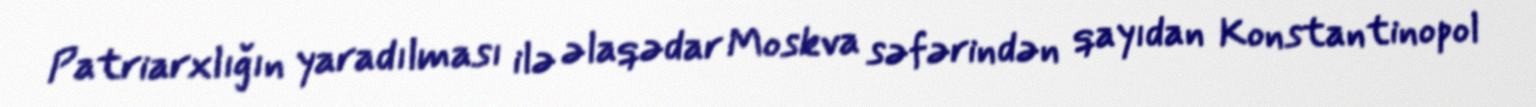
Patriarxlığın yaradılması ilə əlaqədar Moskva səfərindən qayıdan Konstantinopol